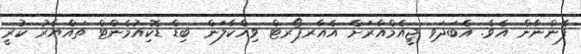
ފެންނާން އެވެ. އެބަދަވި ޖީއެމްއާރަށް އެެއާރޕޯރޓް ވިއްކާލަން ބިޑް ޑޮކިއުމެންޓް ތައްޔާރު ކުރީ